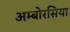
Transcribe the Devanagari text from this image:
अम्बोरसिया